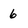
Character: 6